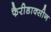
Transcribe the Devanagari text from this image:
फैरीडाक्सीन